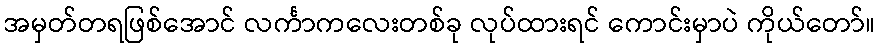
အမှတ်တရဖြစ်အောင် လင်္ကာကလေးတစ်ခု လုပ်ထားရင် ကောင်းမှာပဲ ကိုယ်တော်။